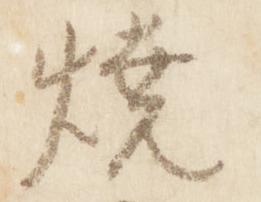
焼